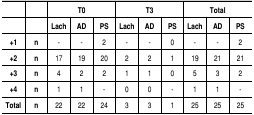
<table><thead><tr><td></td><td></td><td colspan="3"><b>T0</b></td><td colspan="3"><b>T3</b></td><td colspan="3"><b>Total</b></td></tr><tr><td></td><td></td><td><b>Lach</b></td><td><b>AD</b></td><td><b>PS</b></td><td><b>Lach</b></td><td><b>AD</b></td><td><b>PS</b></td><td><b>Lach</b></td><td><b>AD</b></td><td><b>PS</b></td></tr></thead><tbody><tr><td><b>+1</b></td><td><b>n</b></td><td> -</td><td> -</td><td> 2</td><td> -</td><td> -</td><td> 0</td><td> -</td><td> -</td><td> 2</td></tr><tr><td><b>+2</b></td><td><b>n</b></td><td> 17</td><td> 19</td><td> 20</td><td> 2</td><td> 2</td><td> 1</td><td> 19</td><td> 21</td><td> 21</td></tr><tr><td><b>+3</b></td><td><b>n</b></td><td> 4</td><td> 2</td><td> 2</td><td> 1</td><td> 1</td><td> 0</td><td> 5</td><td> 3</td><td> 2</td></tr><tr><td><b>+4</b></td><td><b>n</b></td><td> 1</td><td> 1</td><td> -</td><td> 0</td><td> 0</td><td> -</td><td> 1</td><td> 1</td><td> -</td></tr><tr><td><b>Total</b></td><td><b>n</b></td><td> 22</td><td> 22</td><td> 24</td><td> 3</td><td> 3</td><td> 1</td><td> 25</td><td> 25</td><td> 25</td></tr></tbody></table>